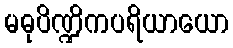
မဓုပိဏ္ဍိကပရိယာယော